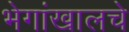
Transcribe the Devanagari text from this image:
भेगांखालचे